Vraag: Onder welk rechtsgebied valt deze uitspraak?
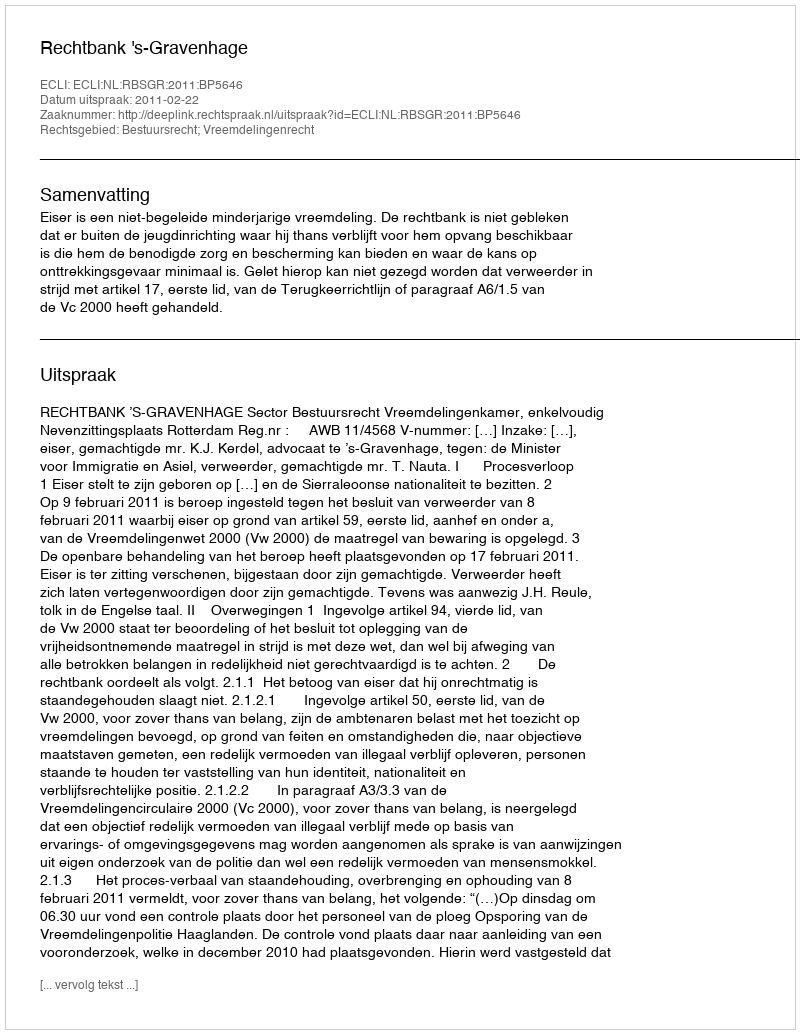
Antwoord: Bestuursrecht; Vreemdelingenrecht